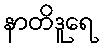
နာတိဒူရေ